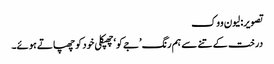
تصویر: لیون ووک
درخت کے تنے سے ہم رنگ ’جےکو‘ چھپکلی خود کو چھپاتے ہوئے۔